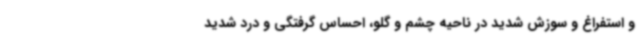
و استفراغ و سوزش شدید در ناحیه چشم و گلو، احساس گرفتگی و درد شدید